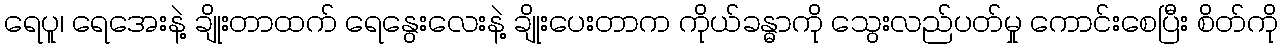
ရေပူ၊ ရေအေးနဲ့ ချိုးတာထက် ရေနွေးလေးနဲ့ ချိုးပေးတာက ကိုယ်ခန္ဓာကို သွေးလည်ပတ်မှု ကောင်းစေပြီး စိတ်ကို